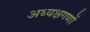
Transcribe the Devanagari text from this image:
अध्यक्षगणों